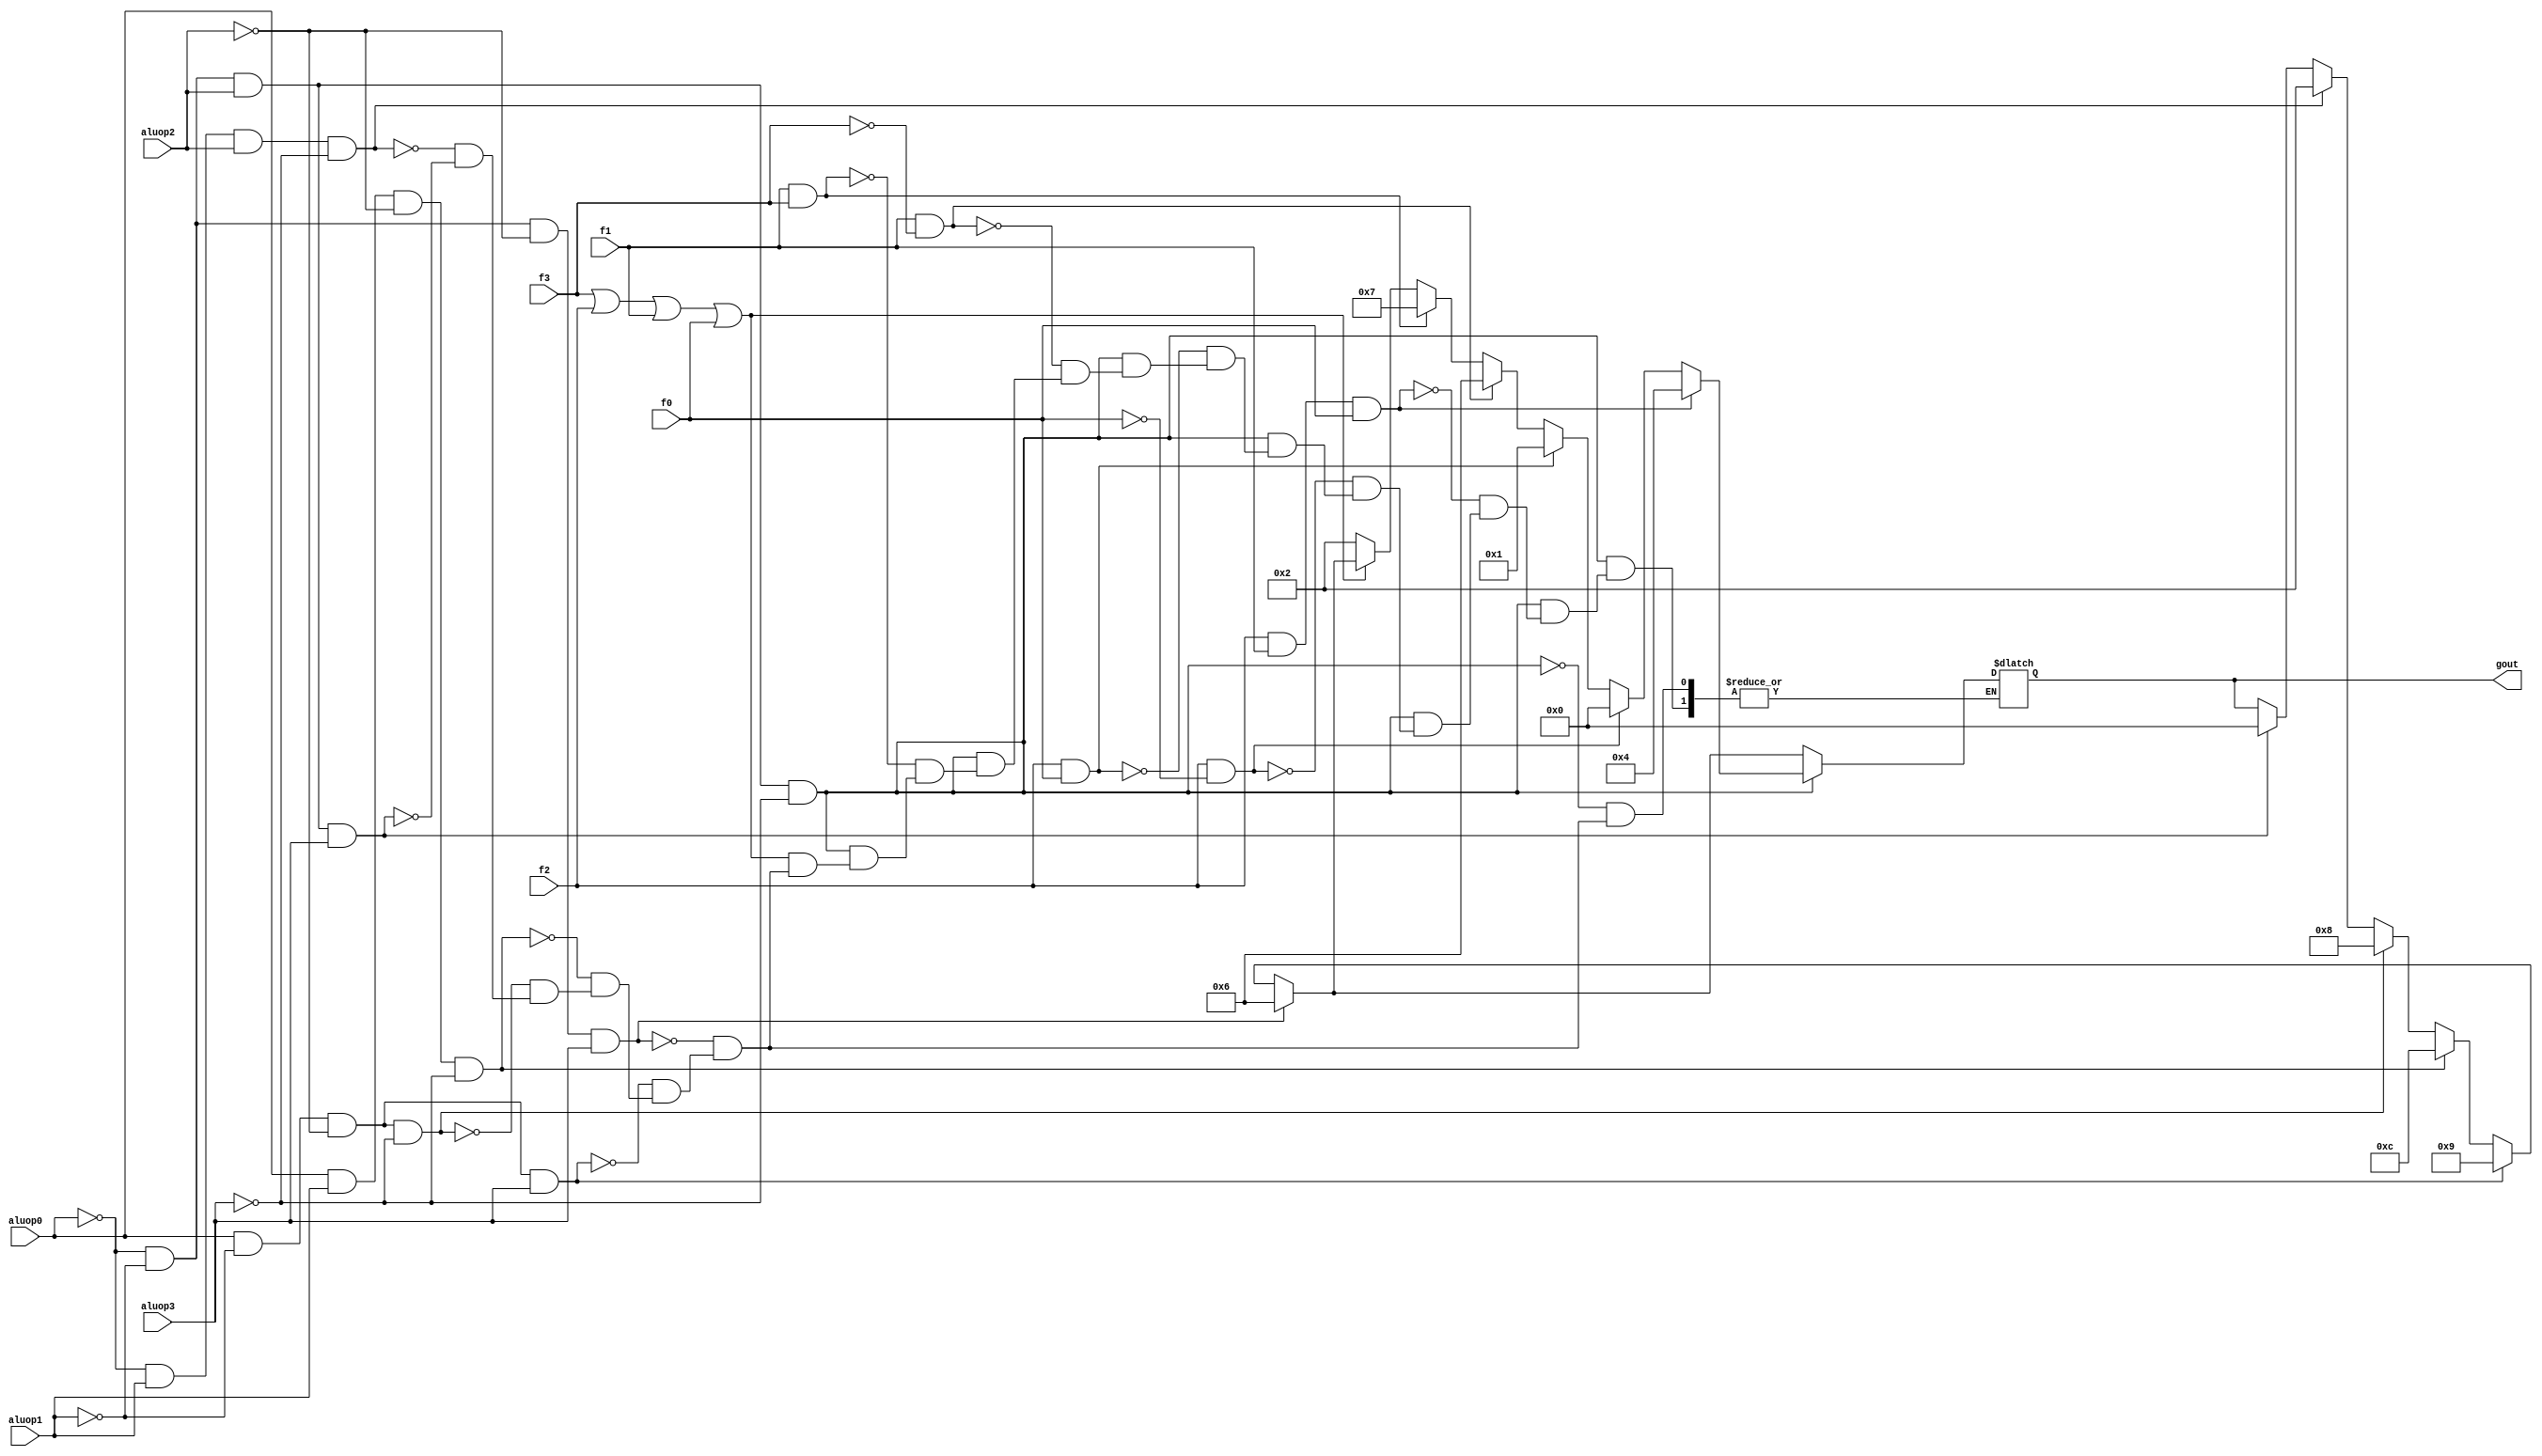
module alucont(aluop0,aluop1,aluop2,aluop3,f3,f2,f1,f0,gout);//Figure 4.12 
input aluop0,aluop1,aluop2,aluop3,f3,f2,f1,f0;
output [3:0] gout;
reg [3:0] gout;
always @(aluop0 or aluop1 or aluop2 or aluop3 or f3 or f2 or f1 or f0)
begin
if((~aluop0)&(~aluop1)&aluop2&aluop3) gout=4'b0000;	//andi aluop = 0011, control = 0000
if((~aluop0)& aluop1&aluop2&(~aluop3)) gout=4'b0010;	//addi aluop=0110, control=0010
if(aluop0&(~aluop1)&(~aluop2)&(~aluop3)) gout=4'b1000;	//bltz aluop=1000, control=1000
if(aluop0&(aluop1)&(~aluop2)&(~aluop3)) gout=4'b1100;	//bgtz aluop= 1100, control = 1100
if((aluop0)&(~aluop1)&(~aluop2)&(aluop3)) gout=4'b1001;	//bgez aluop= 1001, control = 1001

if((~aluop0)&(~aluop1)&(~aluop2)&aluop3)gout=4'b0110; //beq and bne aluop = 0001, control=0110 (sub)
if((~aluop0)&(~aluop1)&aluop2&(~aluop3))//R-type
begin
	if (~(f3|f2|f1|f0))gout=4'b0010; 	//function code=0000,ALU control=0010 (add)
	if (f1&f3)gout=4'b0111;			//function code=1x1x,ALU control=0111 (set on less than)
	if (f1&~(f3))gout=4'b0110;		//function code=0x10,ALU control=0110 (sub)
	if (f2&f0)gout=4'b0001;			//function code=x1x1,ALU control=00001 (or)
	if (f2&~(f0))gout=4'b0000;		//function code=x1x0,ALU control=0000 (and)
	if (f2&f1&f0) gout=4'b0100;		// function code = x111, ALU control = 0100 (nor)
end
end
endmodule